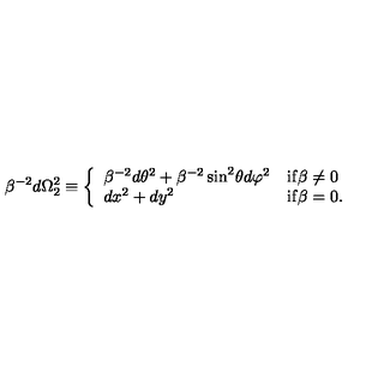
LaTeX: \beta ^ { - 2 } d \Omega _ { 2 } ^ { 2 } \equiv \left\{ \begin{array} { l l } { \beta ^ { - 2 } d \theta ^ { 2 } + \beta ^ { - 2 } \sin ^ { 2 } \! \theta d \varphi ^ { 2 } } & { { \mathrm { i f } } \beta \neq 0 } \\ { d x ^ { 2 } + d y ^ { 2 } } & { { \mathrm { i f } } \beta = 0 . } \\ \end{array} \right.